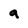
Character: a